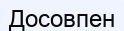
Досовпен